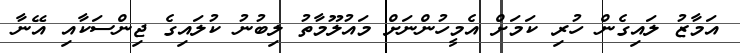
އަމާޒު ލައިގެން ހުރި ކަމަށް އެމީހުންނަށް މައުލޫމާތު ލިބުނު ކުލައިގެ ޖިންސަކާއި އޭނާ